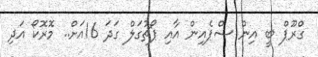
ގްރޫޕް ބީ އިން ސްޕެއިން އާއި ޕޯޗުގަލް ގަދަ 16އަށް.. މޮރޮކޯ އަދި